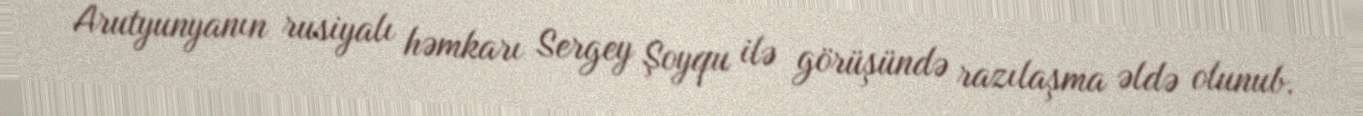
Arutyunyanın rusiyalı həmkarı Sergey Şoyqu ilə görüşündə razılaşma əldə olunub.